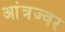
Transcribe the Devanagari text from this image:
आंत्रज्वर